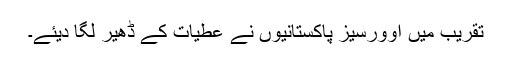
تقریب میں اوورسیز پاکستانیوں نے عطیات کے ڈھیر لگا دیئے۔